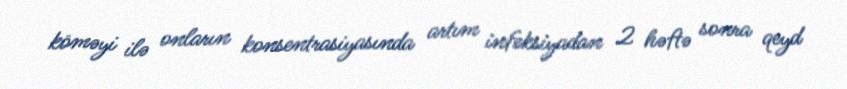
köməyi ilə onların konsentrasiyasında artım infeksiyadan 2 həftə sonra qeyd